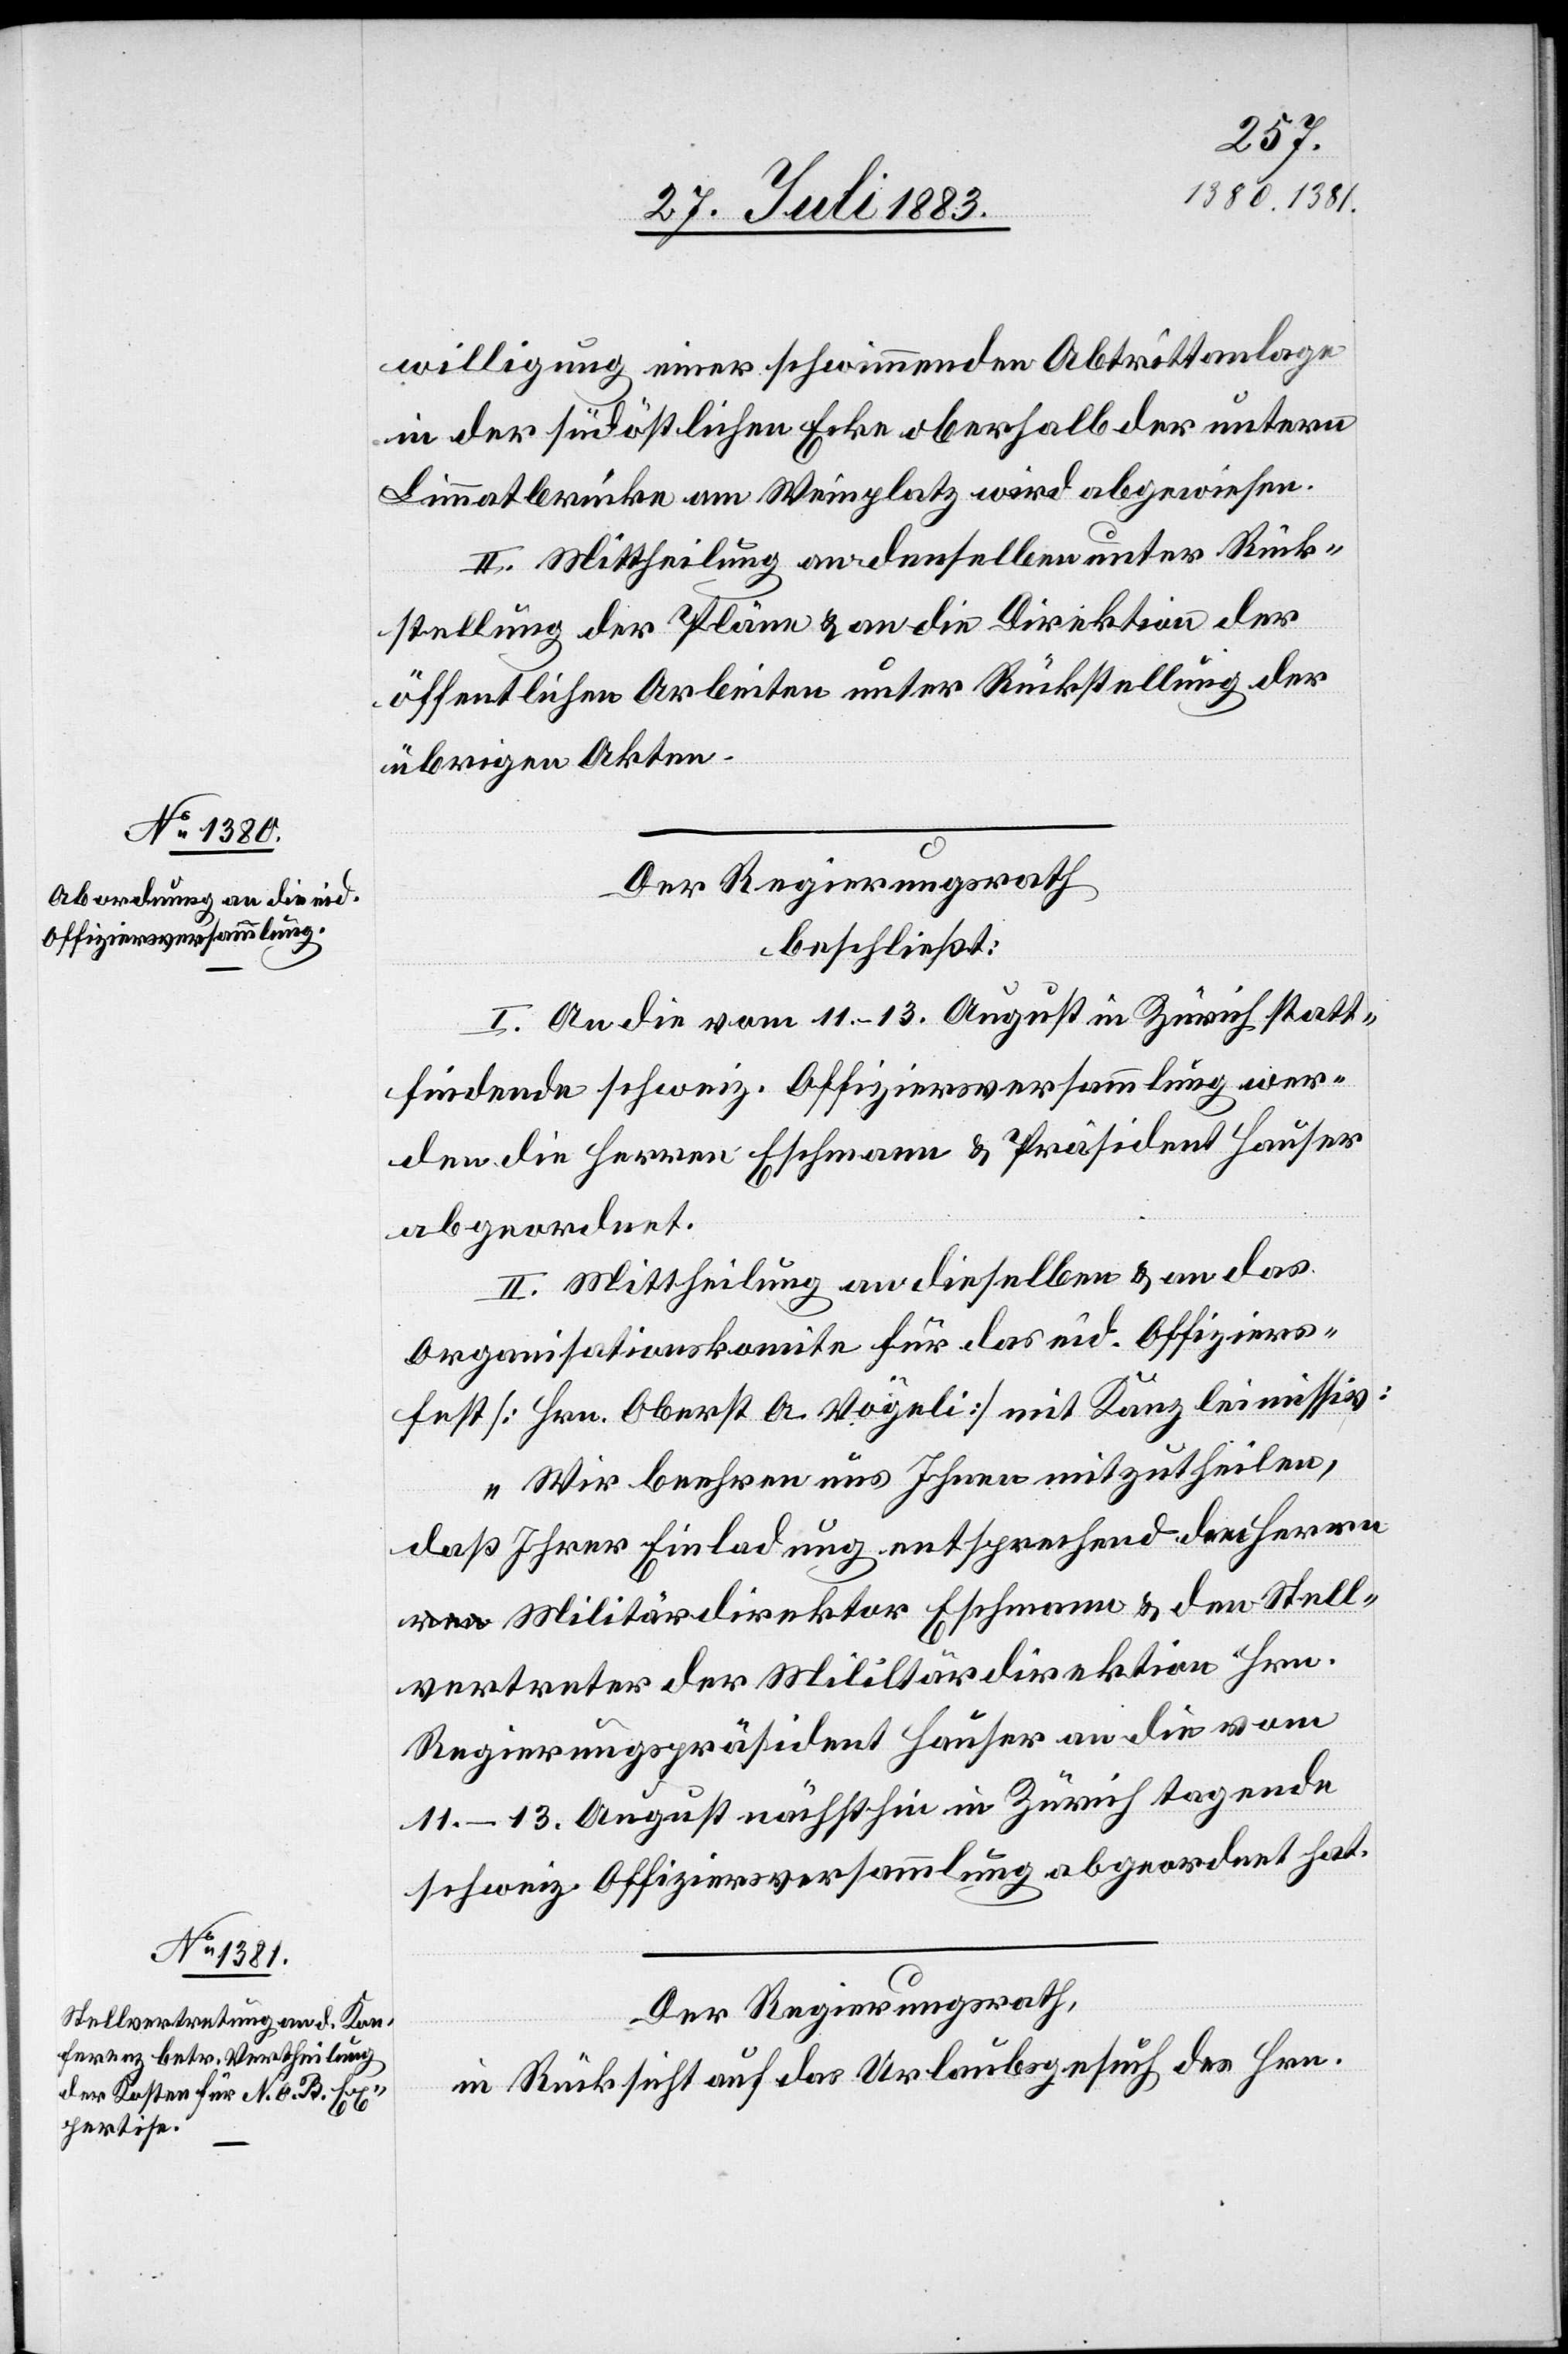
willigung einer schwimmenden Abtrittanlage
in der südöstlichen Ecke oberhalb der untern
Limmatbrücke am Weinplatz wird abgewiesen.
II. Mittheilung an denselben unter Rück¬
stellung der Pläne & an die Direktion der
öffentlichen Arbeiten unter Rückstellung der
übrigen Akten.
Der Regierungsrath
beschließt:
I. An die vom 11.–13. August in Zürich statt¬
findende schweiz. Offiziersversammlung wer¬
den die Herren Eschmann & Präsident Hauser
abgeordnet.
II. Mittheilung an dieselben & an das
Organisationskomite für das eid. Offiziers¬
fest [Hrn. Oberst A. Vögeli] mit Kanzleimissiv:
„Wir beehren uns Ihnen mitzutheilen,
daß Ihrer Einladung entsprechend den Herr¬
n Militärdirektor Eschmann & den Stell¬
vertreter der Militärdirektion Hrn.
Regierungspräsident Hauser an die vom
11.–13. August nächsthin in Zürich tagende
schweiz. Offiziersversammlung abgeordnet hat.
Der Regierungsrath
in Rücksicht auf das Urlaubsgesuch des Hrn.